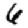
Digit: 6